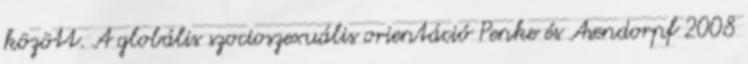
között. A globális szocioszexuális orientáció Penke és Asendorpf 2008